Report on horse surra - Volume II, Part I
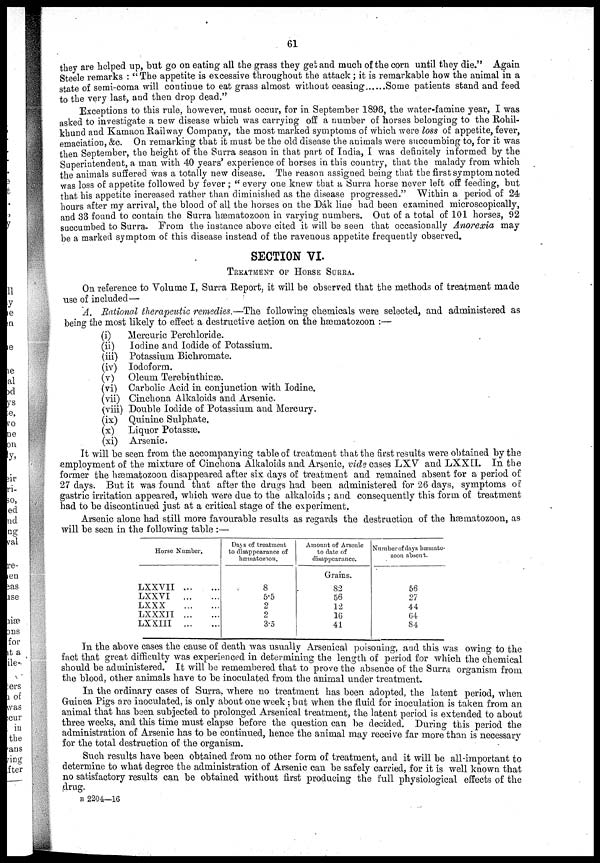
61
they are helped up, but go on eating all the grass they get and much of the corn until they die." Again
Steele remarks : "The appetite is excessive throughout the attack; it is remarkable how the animal in a
state of semi-coma will continue to eat grass almost without ceasing
Some patients stand and feed
to the very last, and then drop dead."
Exceptions to this rule, however, must occur, for in September 1896, the water-famine year, I was
asked to investigate a new disease which was carrying off a number of horses belonging to the Rohil-
khund and Kamaon Railway Company, the most marked symptoms of which were loss of appetite, fever,
emaciation, &c. On remarking that it must be the old disease the animals were succumbing to, for it was
then September, the height of the Surra season in that part of India, I was definitely informed by the
Superintendent, a man with 40 years' experience of horses in this country, that the malady from which
the animals suffered was a totally new disease. The reason assigned being that the first symptom noted
was loss of appetite followed by fever; " every one knew that a Surra horse never left off feeding, but
that his appetite increased rather than diminished as the disease progressed." Within a period of 24
hours after my arrival, the blood of all the horses on the Dák line had been examined microscopically,
and 33 found to contain the Surra hæmatozoon in varying numbers. Out of a total of 101 horses, 92
succumbed to Surra. From the instance above cited it will be seen that occasionally Anorexia may
be a marked symptom of this disease instead of the ravenous appetite frequently observed.
SECTION VI.
TREATMENT OF HORSE SURRA.
On reference to Volume I, Surra Report, it will be observed that the methods of treatment made
use of included—
A. Rational therapeutic remedies.—The following chemicals were selected, and administered as
being the most likely to effect a destructive action on the hæmatozoon :—
(i)
Mercuric Perchloride.
(ii) Iodine and Iodide of Potassium.
(iii) Potassium Bichromate.
(iv) Iodoform.
(v) Oleum Terebinthinæ.
(vi) Carbolic Acid in conjunction with Iodine.
(vii) Cinchona Alkaloids and Arsenic.
(viii) Double Iodide of Potassium and Mercury.
(ix) Quinine Sulphate.
(x) Liquor Potassæ.
(xi) Arsenic.
It will be seen from the accompanying table of treatment that the first results were obtained by the
employment of the mixture of Cinchona Alkaloids and Arsenic, vide cases LXV and LXXII. In the
former the hæmatozoon disappeared after six days of treatment and remained absent for a period of
27 days. But it was found that after the drugs had been administered for 26 days, symptoms of
gastric irritation appeared, which were due to the alkaloids ; and consequently this form of treatment
had to be discontinued just at a critical stage of the experiment.
Arsenic alone had still more favourable results as regards the destruction of the hæmatozoon, as
will be seen in the following table :—
Horse Number.
LXXVII ... ...
LXXVI
...
...
LXXX
...
...
LXXXII
...
...
LXXIII ... ...
Days of treatment
to disappearance of
hæmatozoon.
8
5.5
2
2
3.5
Amount of Arsenic
to date of
disappearance.
Grains.
82
56
12
16
41
Number of days hæmato-
zoon absent.
56
27
44
64
84
In the above cases the cause of death was usually Arsenical poisoning, and this was owing to the
fact that great difficulty was experienced in determining the length of period for which the chemical
should be administered. It will be remembered that to prove the absence of the Surra organism from
the blood, other animals have to be inoculated from the animal under treatment.
In the ordinary cases of Surra, where no treatment has been adopted, the latent period, when
Guinea Pigs are inoculated, is only about one week ; but when the fluid for inoculation is taken from an
animal that has been subjected to prolonged Arsenical treatment, the latent period is extended to about
three weeks, and this time must elapse before the question can be decided. During this period the
administration of Arsenic has to be continued, hence the animal may receive far more than is necessary
for the total destruction of the organism.
Such results have been obtained from no other form of treatment, and it will be all-important to
determine to what degree the administration of Arsenic can be safely carried, for it is well known that
no satisfactory results can be obtained without first producing the full physiological effects of the
drug.
B 2204—16